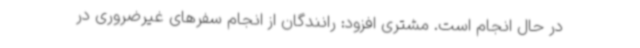
در حال انجام است. مشتری افزود: رانندگان از انجام سفرهای غیرضروری در